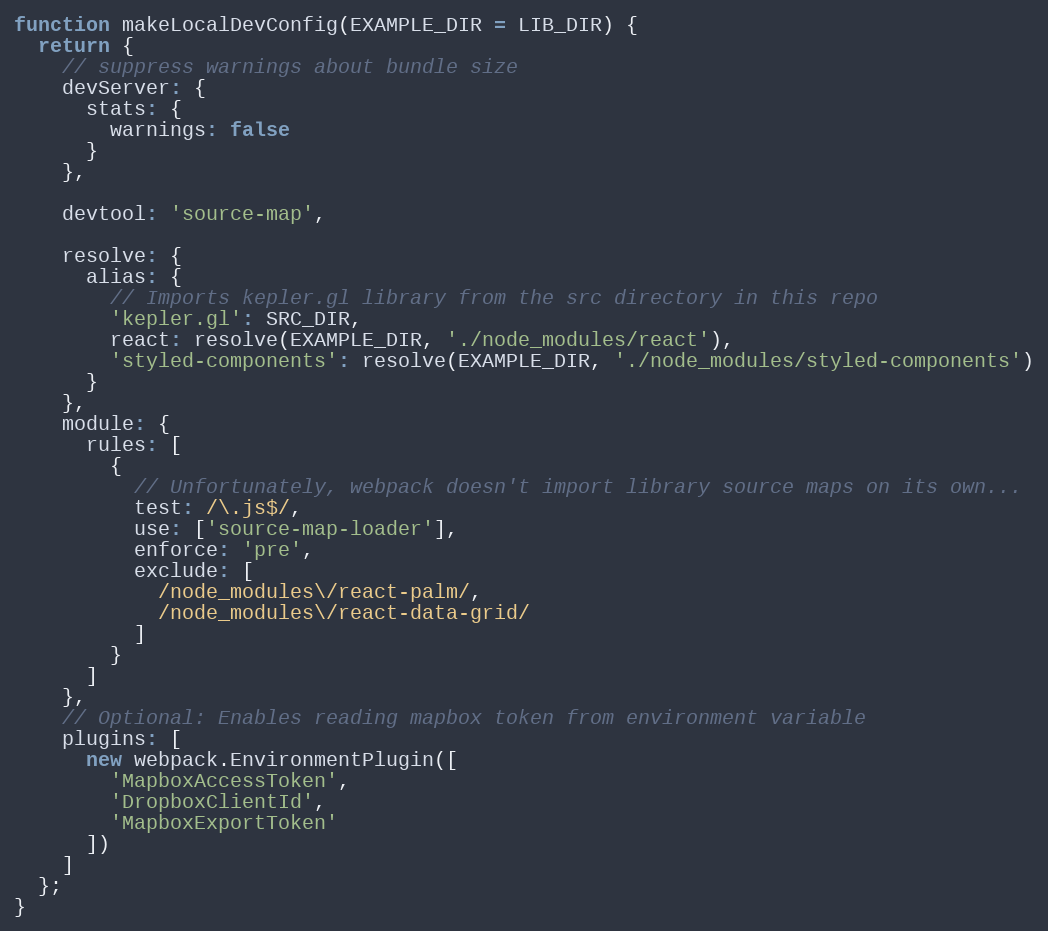
Language: JavaScript
function makeLocalDevConfig(EXAMPLE_DIR = LIB_DIR) {
  return {
    // suppress warnings about bundle size
    devServer: {
      stats: {
        warnings: false
      }
    },

    devtool: 'source-map',

    resolve: {
      alias: {
        // Imports kepler.gl library from the src directory in this repo
        'kepler.gl': SRC_DIR,
        react: resolve(EXAMPLE_DIR, './node_modules/react'),
        'styled-components': resolve(EXAMPLE_DIR, './node_modules/styled-components')
      }
    },
    module: {
      rules: [
        {
          // Unfortunately, webpack doesn't import library source maps on its own...
          test: /\.js$/,
          use: ['source-map-loader'],
          enforce: 'pre',
          exclude: [
            /node_modules\/react-palm/,
            /node_modules\/react-data-grid/
          ]
        }
      ]
    },
    // Optional: Enables reading mapbox token from environment variable
    plugins: [
      new webpack.EnvironmentPlugin([
        'MapboxAccessToken',
        'DropboxClientId',
        'MapboxExportToken'
      ])
    ]
  };
}